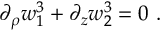
\partial _ { \rho } w _ { 1 } ^ { 3 } + \partial _ { z } w _ { 2 } ^ { 3 } = 0 \ .